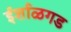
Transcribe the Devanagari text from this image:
ईर्शाळगड